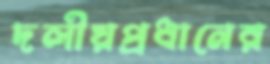
দলীয়প্রধানের